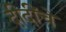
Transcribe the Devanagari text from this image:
दीदींचे